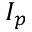
I _ { p }